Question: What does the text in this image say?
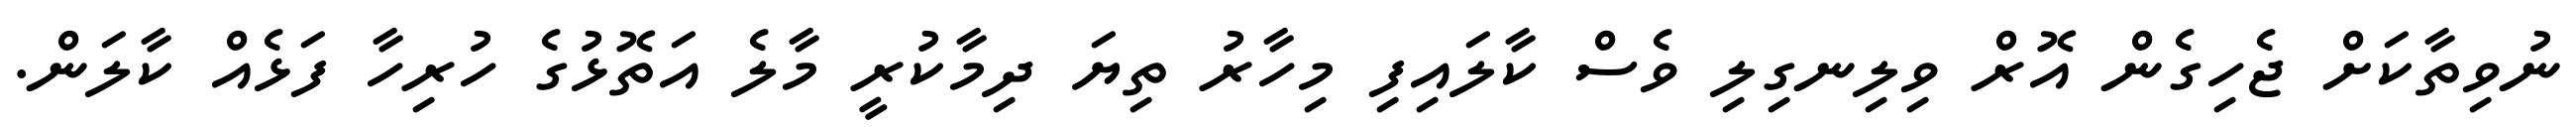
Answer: ނުވިތާކަށް ޖެހިގެން އޮރް ވިލިނގިލި ވެސް ކާލައިފި މިހާރު ތިޔަ ދިމާކުރީ މާލެ އަތޮޅުގެ ހުރިހާ ފަޅެއް ކާލަން.